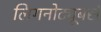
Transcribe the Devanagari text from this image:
लिगनोट्यूबर्स